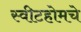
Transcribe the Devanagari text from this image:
स्वीटहोमचे